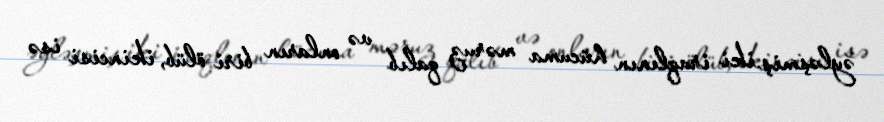
əyləşmiş iki iraqlının hücuma məruz qalıb və onların biri ölüb, ikincisi isə